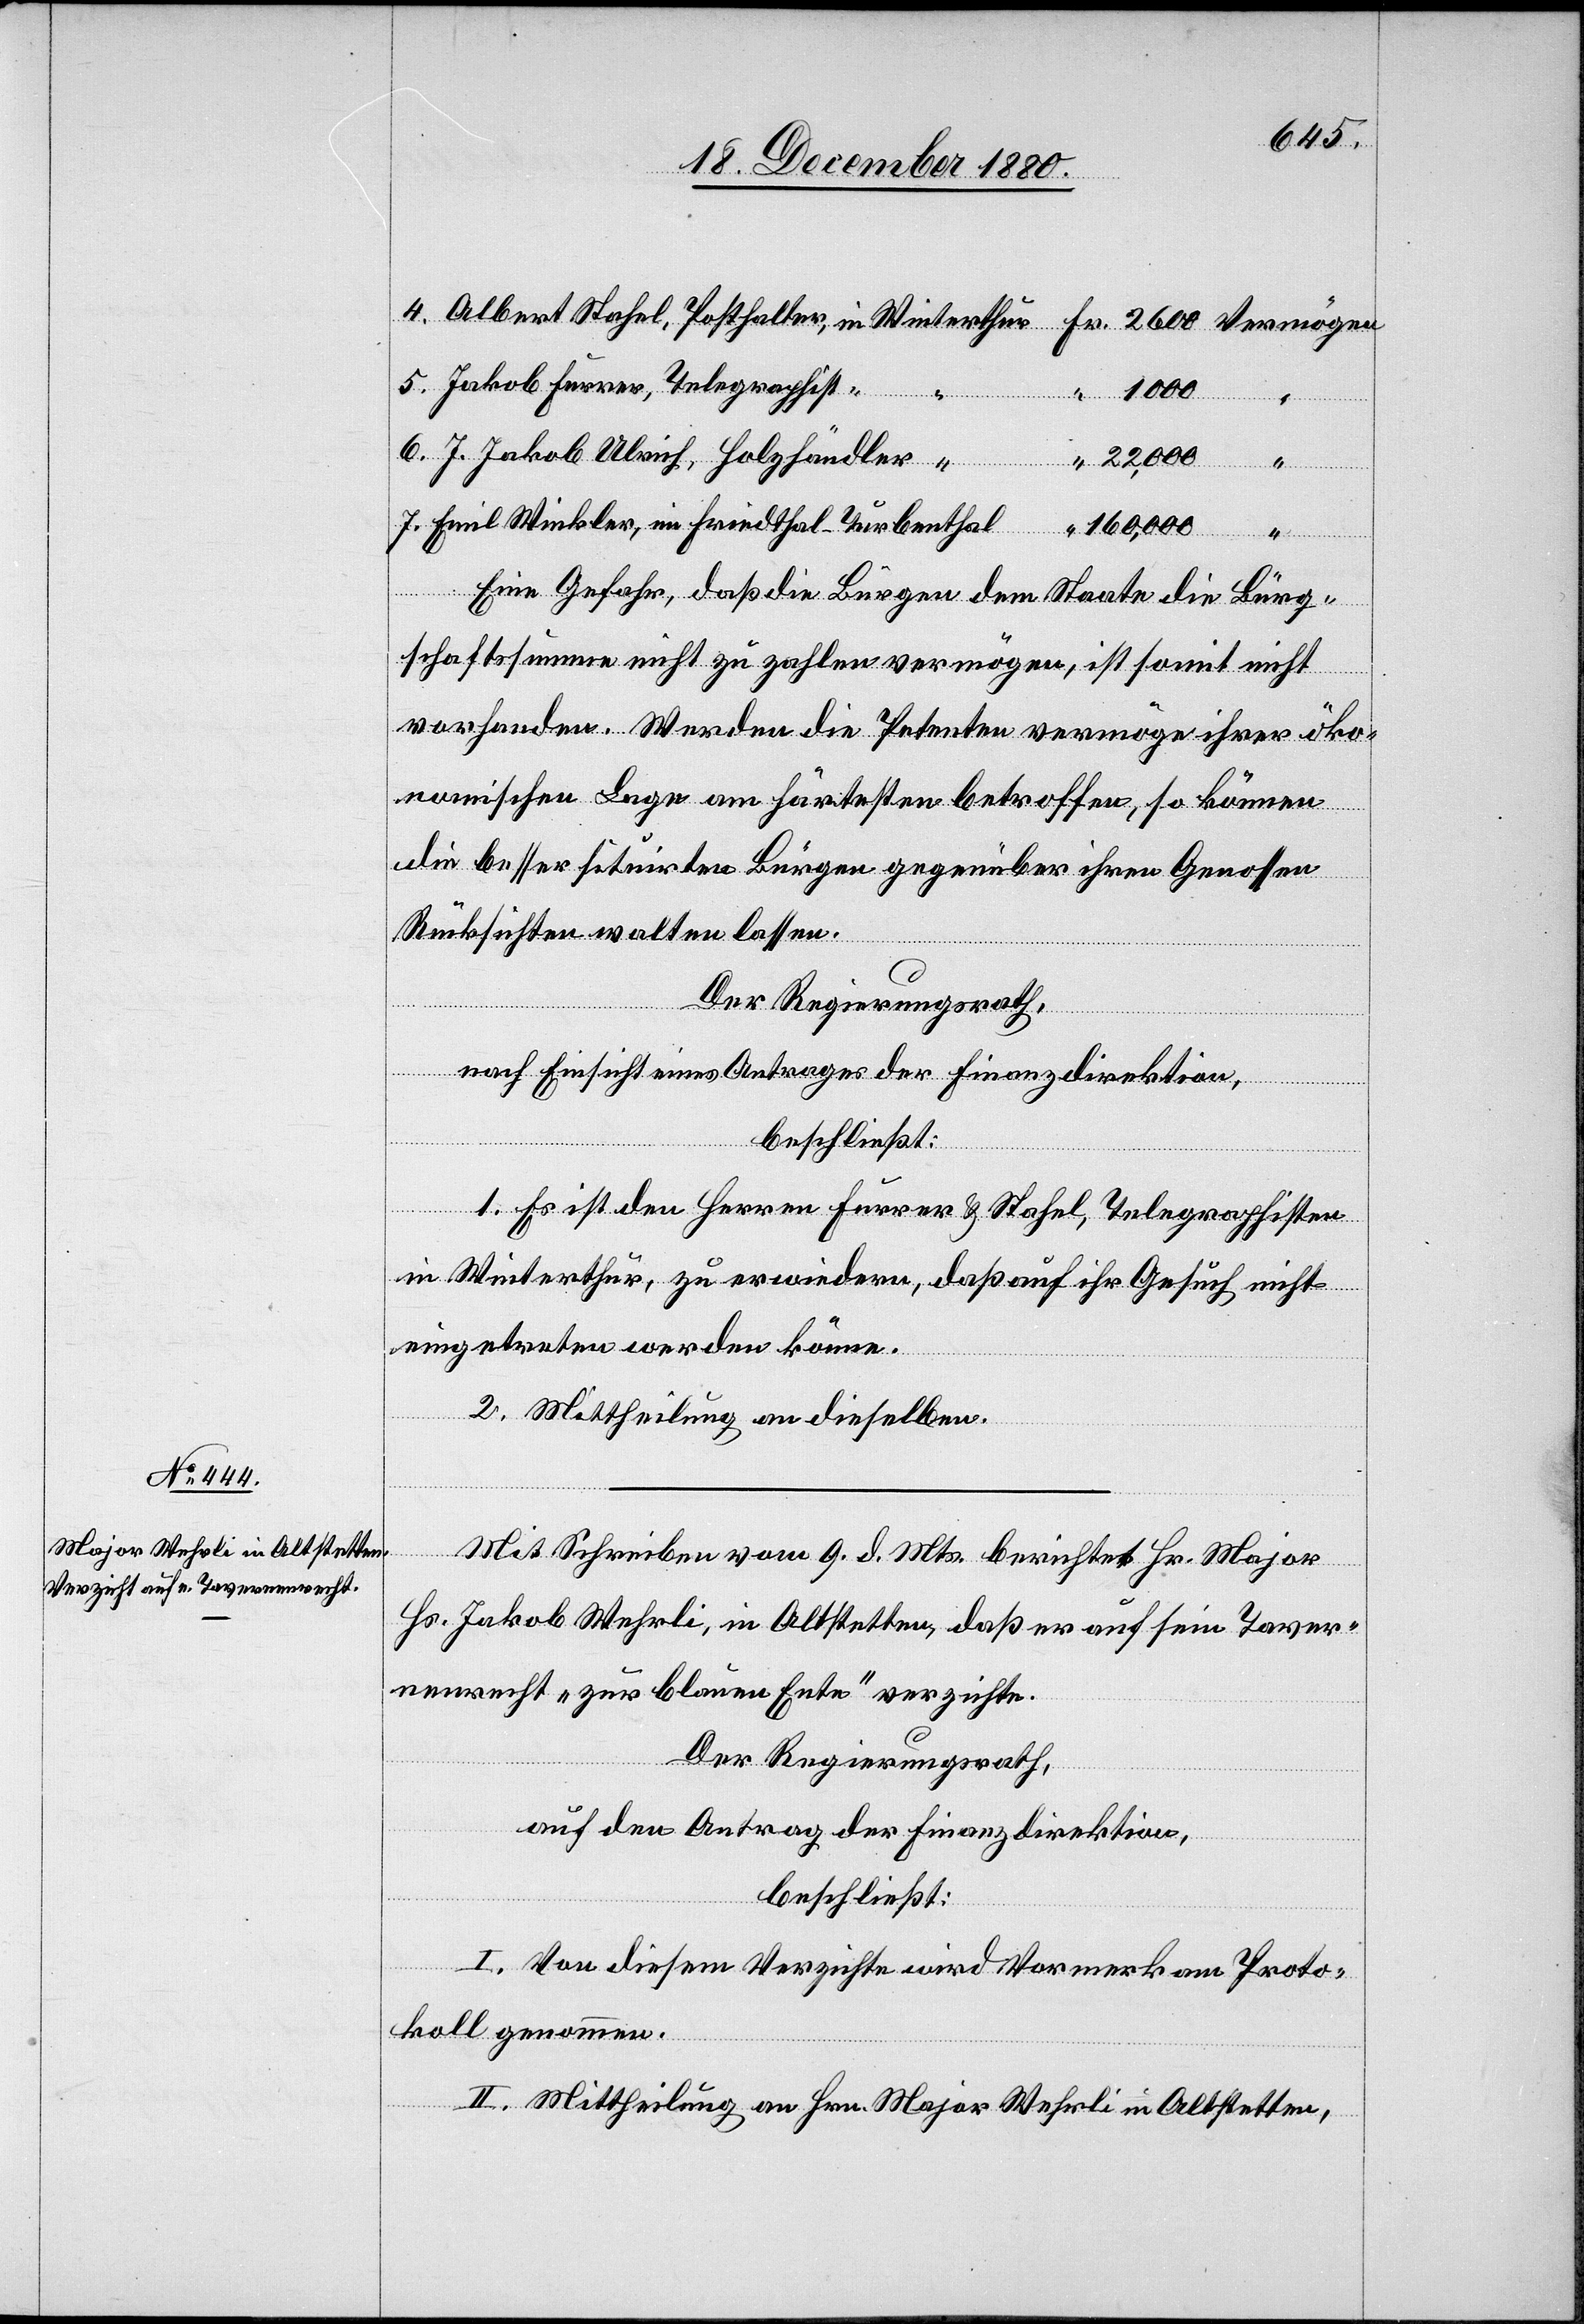
Jakob Furrer, Telegraphist
im Friedthal
7.
4.
Winkler,
Eine Gefahr, daß die Bürgen dem Staate die Bürg¬
schaftssumme nicht zu zahlen vermögen, ist somit nicht
vorhanden. Werden die Petenten vermöge ihrer öko¬
nomischen Lage am härtesten betroffen, so können
“
die besser situirten Bürgen gegenüber ihren Genossen
Emil
Rücksichten walten lassen.
Vermögen
6.
Der Regierungsrath,
nach Einsicht eines Antrages der Finanzdirektion,
beschließt:
terthur
1. Es ist den Herren Furrer & Stahel, Telegraphisten
in Winterthur, zu erwidern, daß auf ihr Gesuch nicht
eingetreten werden könne.
2. Mittheilung an dieselben.
Mit Schreiben vom 9. d. Mts. berichtet Hr. Major
Hs. Jakob Wehrli, in Altstetten, daß er auf sein Taver¬
nenrecht „zur blauen Ente“ verzichte.
Der Regierungsrath,
auf den Antrag der Finanzdirektion,
beschließt:
I. Von diesem Verzichte wird Vormerk am Proto¬
koll genommen.
II. Mittheilung an Hrn. Major Wehrli in Altstetten,